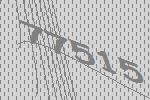
77515